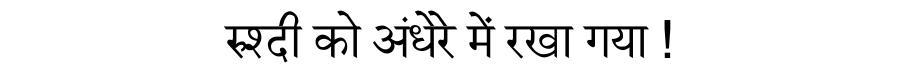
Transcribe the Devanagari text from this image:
रुश्दी को अंधेरे में रखा गया !